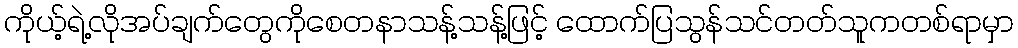
ကိုယ့်ရဲ့လိုအပ်ချက်တွေကိုစေတနာသန့်သန့်ဖြင့် ထောက်ပြသွန်သင်တတ်သူကတစ်ရာမှာ